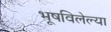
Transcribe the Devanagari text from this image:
भूषविलेल्‍या